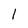
Character: 1